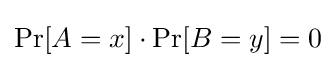
\Pr[A=x]\cdot \Pr[B=y]=0